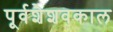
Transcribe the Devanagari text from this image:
पूर्वशैशवकाल